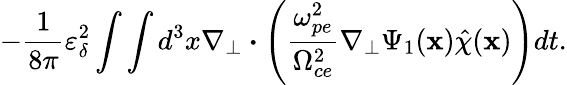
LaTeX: -\frac{1}{8\pi}\varepsilon_{\delta}^{2}\int\int d^{3}x\nabla_{\perp}\boldsymbol{\cdot}\left(\frac{\omega_{pe}^{2}}{\Omega_{ce}^{2}}\nabla_{\perp}\Psi_{1}(\textbf{x})\hat{\chi}(\textbf{x})\right)dt.